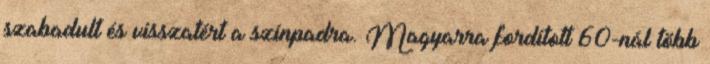
szabadult és visszatért a színpadra. Magyarra fordított 60-nál több